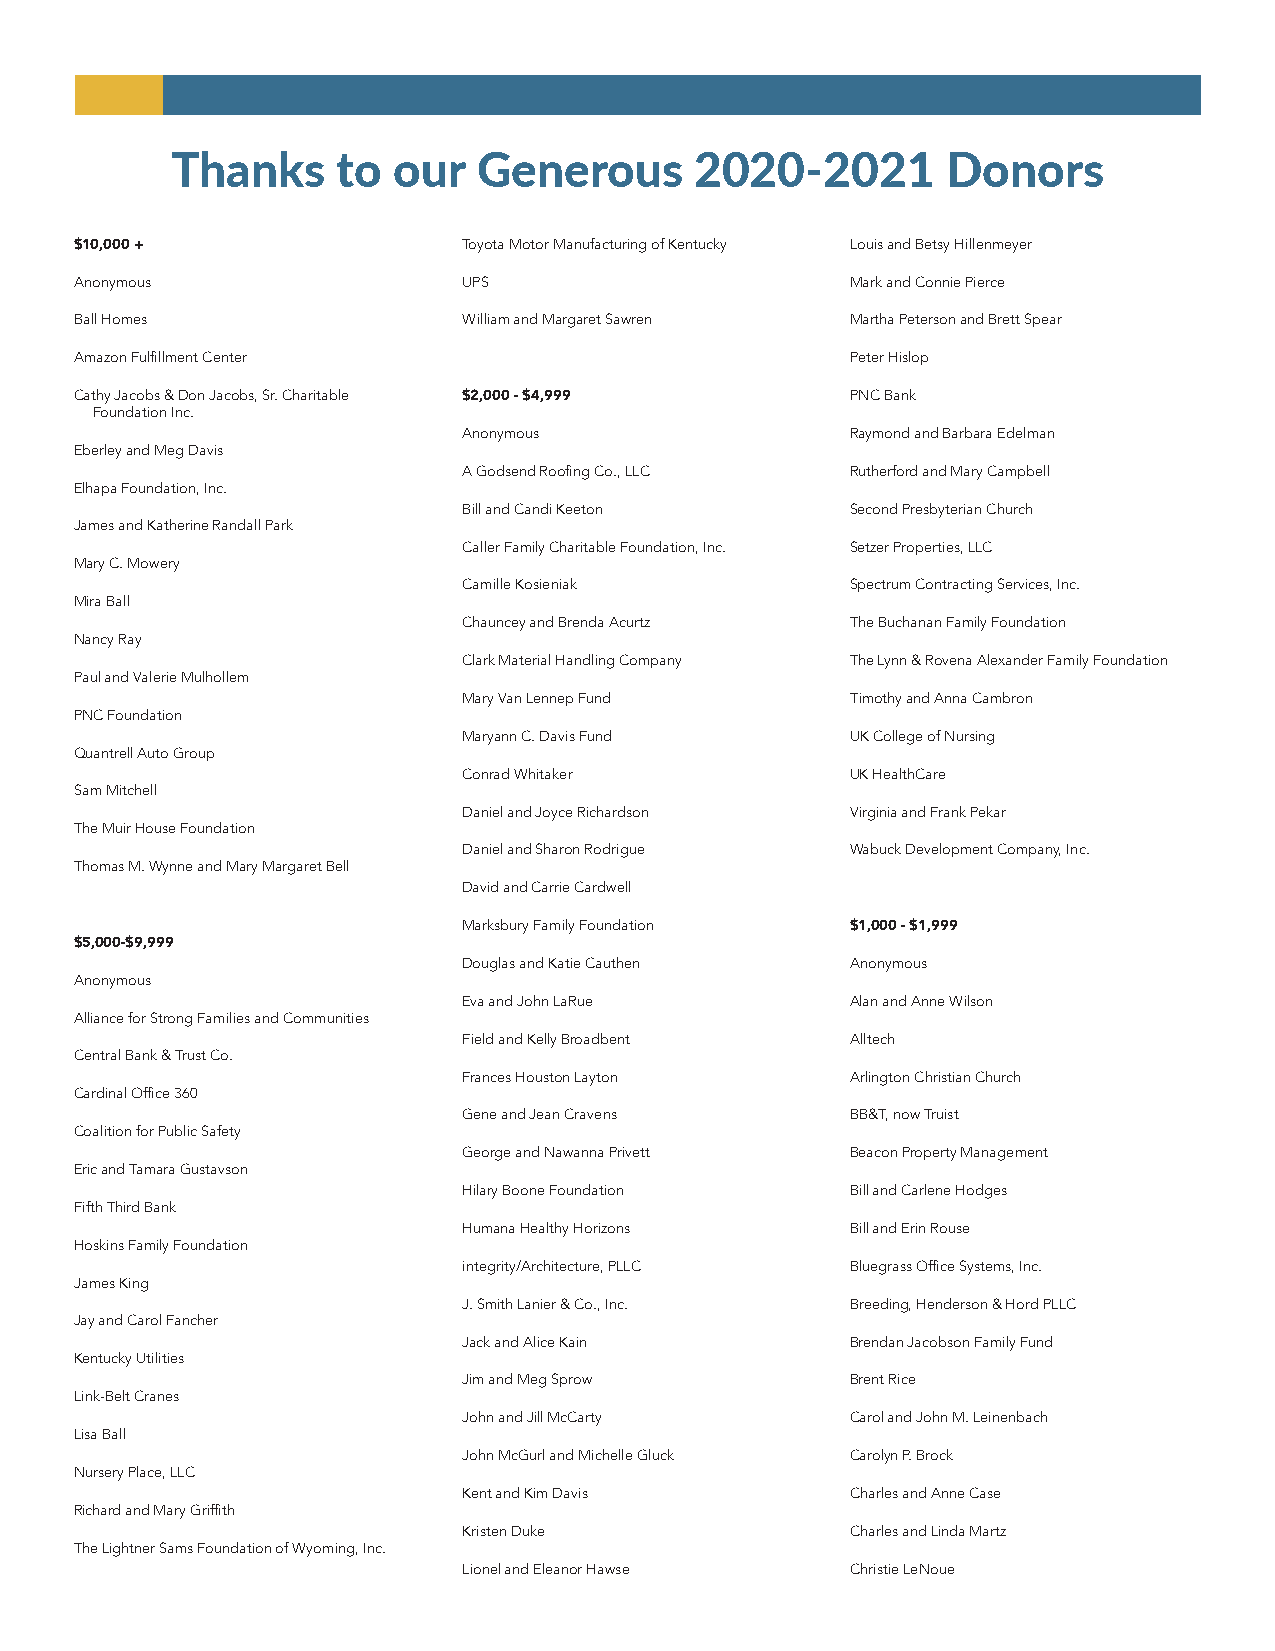
Thanks     to  our   Generous      2020-2021        Donors
 $10,000 +                 Toyota Motor Manufacturing of Kentucky Louis and Betsy Hillenmeyer
 Anonymous                 UPS                      Mark and Connie Pierce
 Ball Homes                William and Margaret Sawren Martha Peterson and Brett Spear
 Amazon Fulfillment Center                          Peter Hislop
 Cathy Jacobs & Don Jacobs, Sr. Charitable $2,000 - $4,999 PNC Bank
 Foundation Inc.
 Anonymous                Raymond and Barbara Edelman
 Eberley and Meg Davis
 A Godsend Roofing Co., LLC Rutherford and Mary Campbell
 Elhapa Foundation, Inc.
 Bill and Candi Keeton    Second Presbyterian Church
 James and Katherine Randall Park
 Caller Family Charitable Foundation, Inc. Setzer Properties, LLC
 Mary C. Mowery
 Camille Kosieniak        Spectrum Contracting Services, Inc.
 Mira Ball
 Chauncey and Brenda Acurtz The Buchanan Family Foundation
 Nancy Ray
 Clark Material Handling Company The Lynn & Rovena Alexander Family Foundation
 Paul and Valerie Mulhollem
 Mary Van Lennep Fund     Timothy and Anna Cambron
 PNC Foundation
 Maryann C. Davis Fund    UK College of Nursing
 Quantrell Auto Group
 Conrad Whitaker          UK HealthCare
 Sam Mitchell
 Daniel and Joyce Richardson Virginia and Frank Pekar
 The Muir House Foundation
 Daniel and Sharon Rodrigue Wabuck Development Company, Inc.
 Thomas M. Wynne and Mary Margaret Bell
 David and Carrie Cardwell
 Marksbury Family Foundation $1,000 - $1,999
 $5,000-$9,999
 Douglas and Katie Cauthen Anonymous
 Anonymous
 Eva and John LaRue       Alan and Anne Wilson
 Alliance for Strong Families and Communities
 Field and Kelly Broadbent Alltech
 Central Bank & Trust Co.
 Frances Houston Layton   Arlington Christian Church
 Cardinal Office 360
 Gene and Jean Cravens    BB&T, now Truist
 Coalition for Public Safety
 George and Nawanna Privett Beacon Property Management
 Eric and Tamara Gustavson
 Hilary Boone Foundation  Bill and Carlene Hodges
 Fifth Third Bank
 Humana Healthy Horizons  Bill and Erin Rouse
 Hoskins Family Foundation
 integrity/Architecture, PLLC Bluegrass Office Systems, Inc.
 James King
 J. Smith Lanier & Co., Inc. Breeding, Henderson & Hord PLLC
 Jay and Carol Fancher
 Jack and Alice Kain      Brendan Jacobson Family Fund
 Kentucky Utilities
 Jim and Meg Sprow        Brent Rice
 Link-Belt Cranes
 John and Jill McCarty    Carol and John M. Leinenbach
 Lisa Ball
 John McGurl and Michelle Gluck Carolyn P. Brock
 Nursery Place, LLC
 Kent and Kim Davis       Charles and Anne Case
 Richard and Mary Griffith
 Kristen Duke             Charles and Linda Martz
 The Lightner Sams Foundation of Wyoming, Inc.
 Lionel and Eleanor Hawse Christie LeNoue